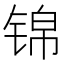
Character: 锦